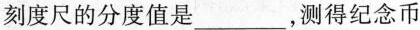
刻度尺的分度值是________，测得纪念币